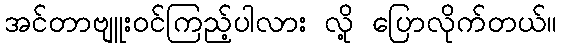
အင်တာဗျူးဝင်ကြည့်ပါလား လို့ ပြောလိုက်တယ်။